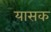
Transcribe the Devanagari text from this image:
यासक